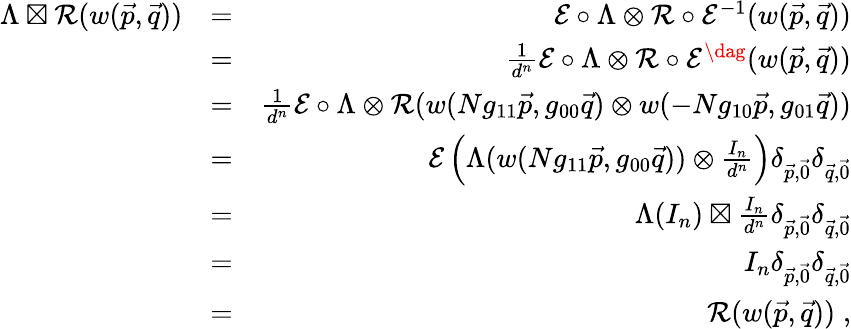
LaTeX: \begin{array}{rlr}{\Lambda\boxtimes\mathcal{R}(w(\vec{p},\vec{q}))}&{=}&{\mathcal{E}\circ\Lambda\otimes\mathcal{R}\circ\mathcal{E}^{-1}(w(\vec{p},\vec{q}))}\\ &{=}&{\frac{1}{d^{n}}\mathcal{E}\circ\Lambda\otimes\mathcal{R}\circ\mathcal{E}^{\dag}(w(\vec{p},\vec{q}))}\\ &{=}&{\frac{1}{d^{n}}\mathcal{E}\circ\Lambda\otimes\mathcal{R}(w(Ng_{11}\vec{p},g_{00}\vec{q})\otimes w(-Ng_{10}\vec{p},g_{01}\vec{q}))}\\ &{=}&{\mathcal{E}\left(\Lambda(w(Ng_{11}\vec{p},g_{00}\vec{q}))\otimes\frac{I_{n}}{d^{n}}\right)\delta_{\vec{p},\vec{0}}\delta_{\vec{q},\vec{0}}}\\ &{=}&{\Lambda(I_{n})\boxtimes\frac{I_{n}}{d^{n}}\delta_{\vec{p},\vec{0}}\delta_{\vec{q},\vec{0}}}\\ &{=}&{I_{n}\delta_{\vec{p},\vec{0}}\delta_{\vec{q},\vec{0}}}\\ &{=}&{\mathcal{R}(w(\vec{p},\vec{q}))\; ,}\end{array}